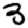
Digit: 3